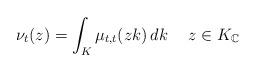
LaTeX: \begin{align*}\nu_{t}(z)=\int_{K}\mu_{t,t}(zk)\,dk\quad\;z\in K_{\mathbb{C}}\end{align*}